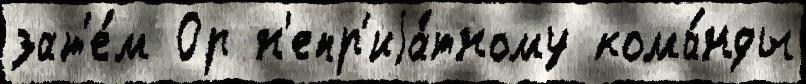
зат'е́м Ор н'епр'иjа́тному кома́нды